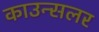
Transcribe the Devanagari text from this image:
काउन्सलर